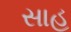
સાહ